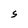
Character: 5